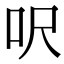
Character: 呎